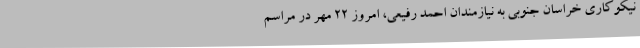
نیکوکاری خراسان جنوبی به نیازمندان احمد رفیعی، امروز 22 مهر در مراسم